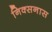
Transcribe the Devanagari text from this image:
निक्सनास